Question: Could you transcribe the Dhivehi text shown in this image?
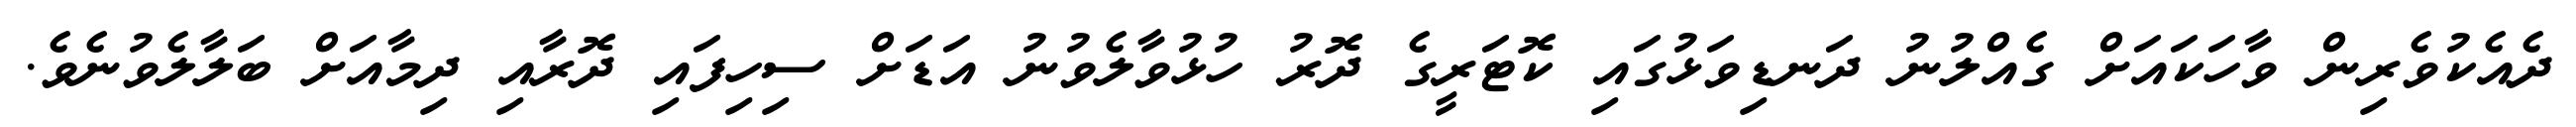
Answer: ދެއެކުވެރިން ވާހަކައަށް ގެއްލުނު ދަނޑިވަޅުގައި ކޮޓަރީގެ ދޮރު ހުޅުވާލެވުނު އަޑަށް ސިހިފައި ދޮރާއި ދިމާއަށް ބަލާލެވުނެވެ.